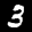
Label: 3